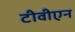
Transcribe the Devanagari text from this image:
टीवीएन